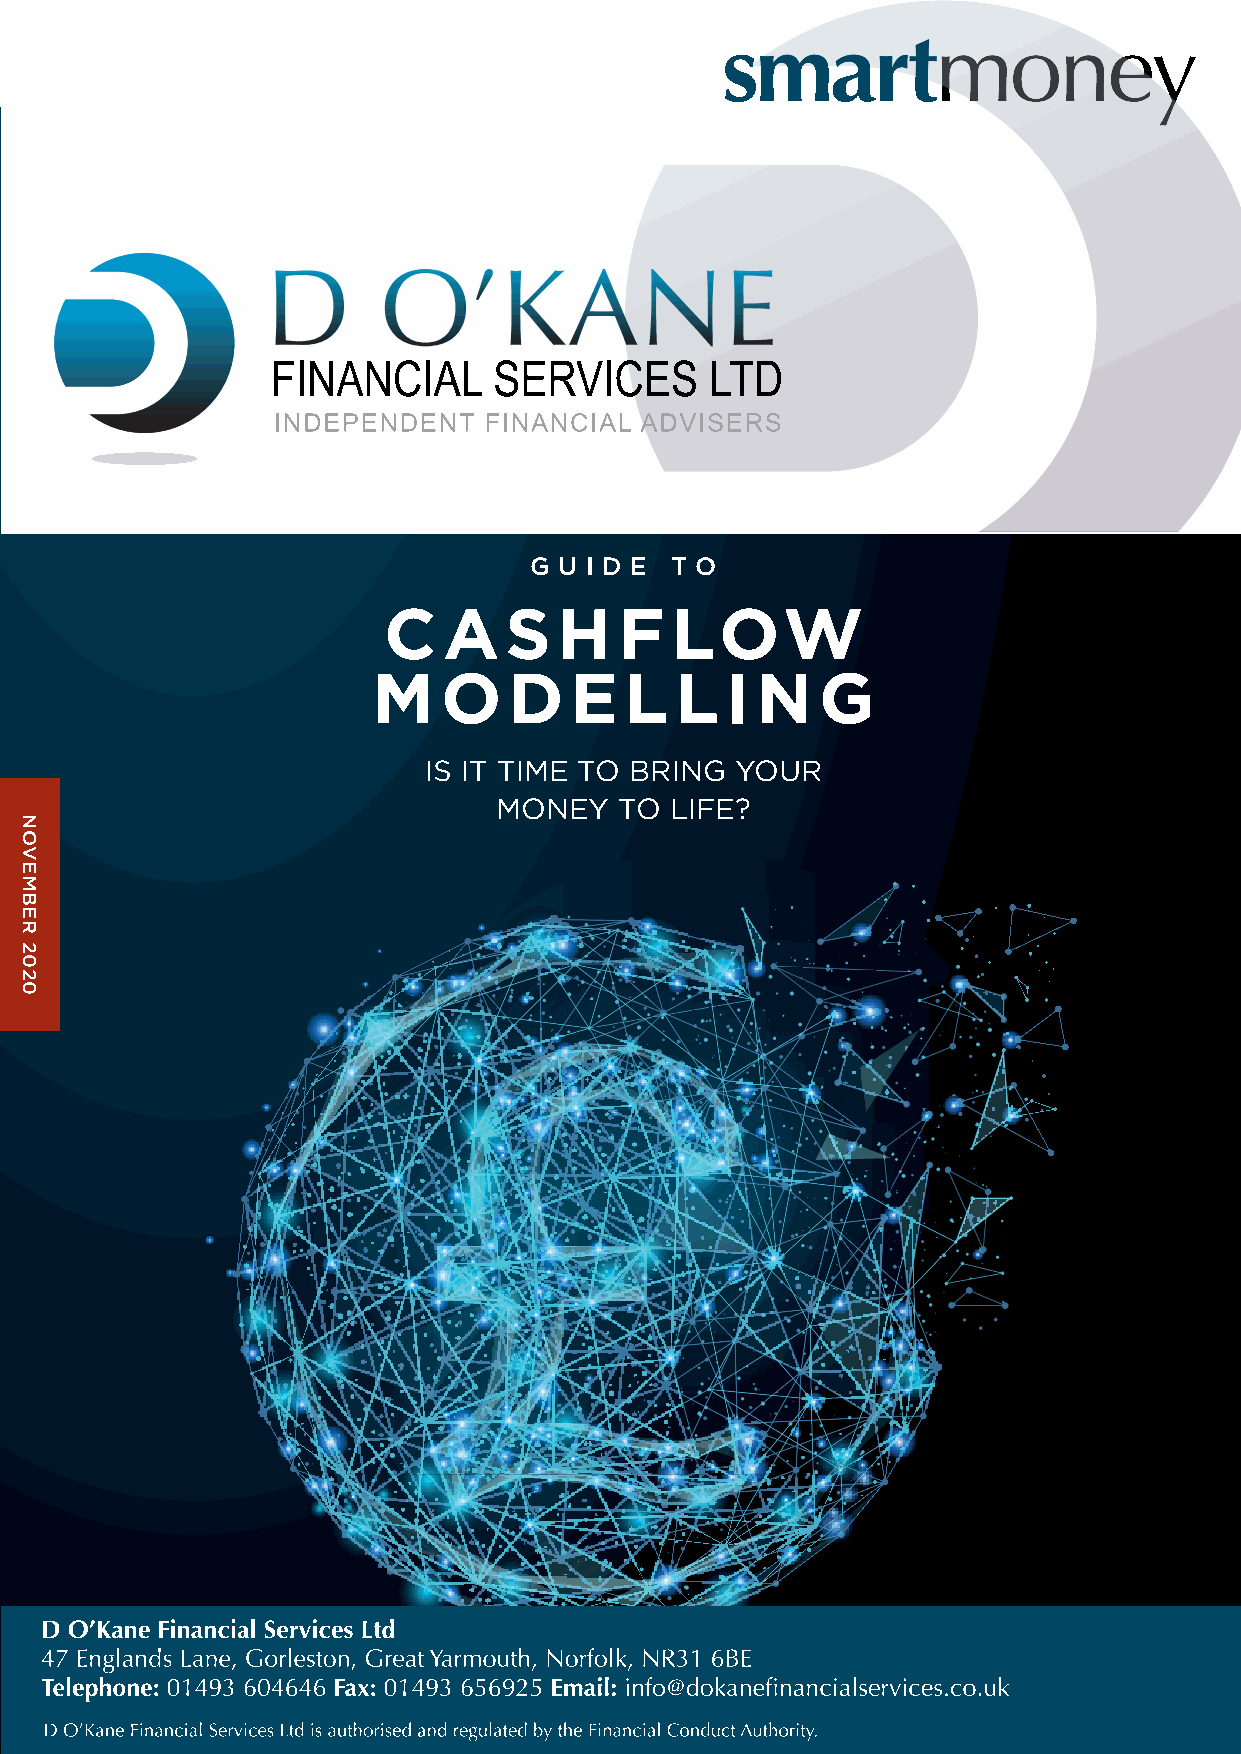
G U I D E T O
 C   AS      H   F  LOW
 M   O    D   E  L   L  I N   G
 IS IT TIME TO BRING  YOUR
 MONEY   TO LIFE?
 NOVEMBER
 2020